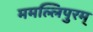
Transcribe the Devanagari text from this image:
ममल्लिपुरम्